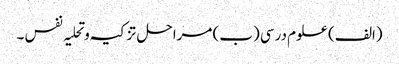
(الف) علوم درسی (ب) مراحل تز کیہ وتحلیہ نفس ۔